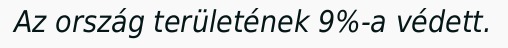
Az ország területének 9%-a védett.